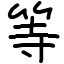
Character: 等